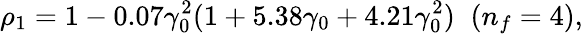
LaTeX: \rho_{1}=1-0.07\gamma_{0}^{2}(1+5.38\gamma_{0}+4.21\gamma_{0}^{2})\; \; (n_{f}=4),